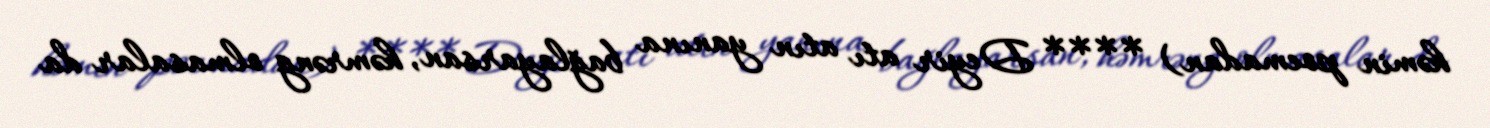
həmin poemadan) **** Deyir atı atın yanına bağlayarsan, həmrəng olmasalar da